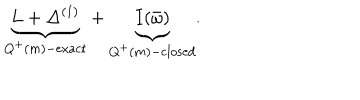
LaTeX: \underbrace { L + \Delta ^ { ( 1 ) } } _ { Q ^ { + } ( m ) - \mathrm { e x a c t } } + \underbrace { I ( \bar { \omega } ) } _ { Q ^ { + } ( m ) - \mathrm { c l o s e d } } .